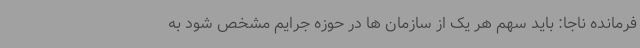
فرمانده ناجا: باید سهم هر یک از سازمان ها در حوزه جرایم مشخص شود به